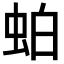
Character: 𬠀